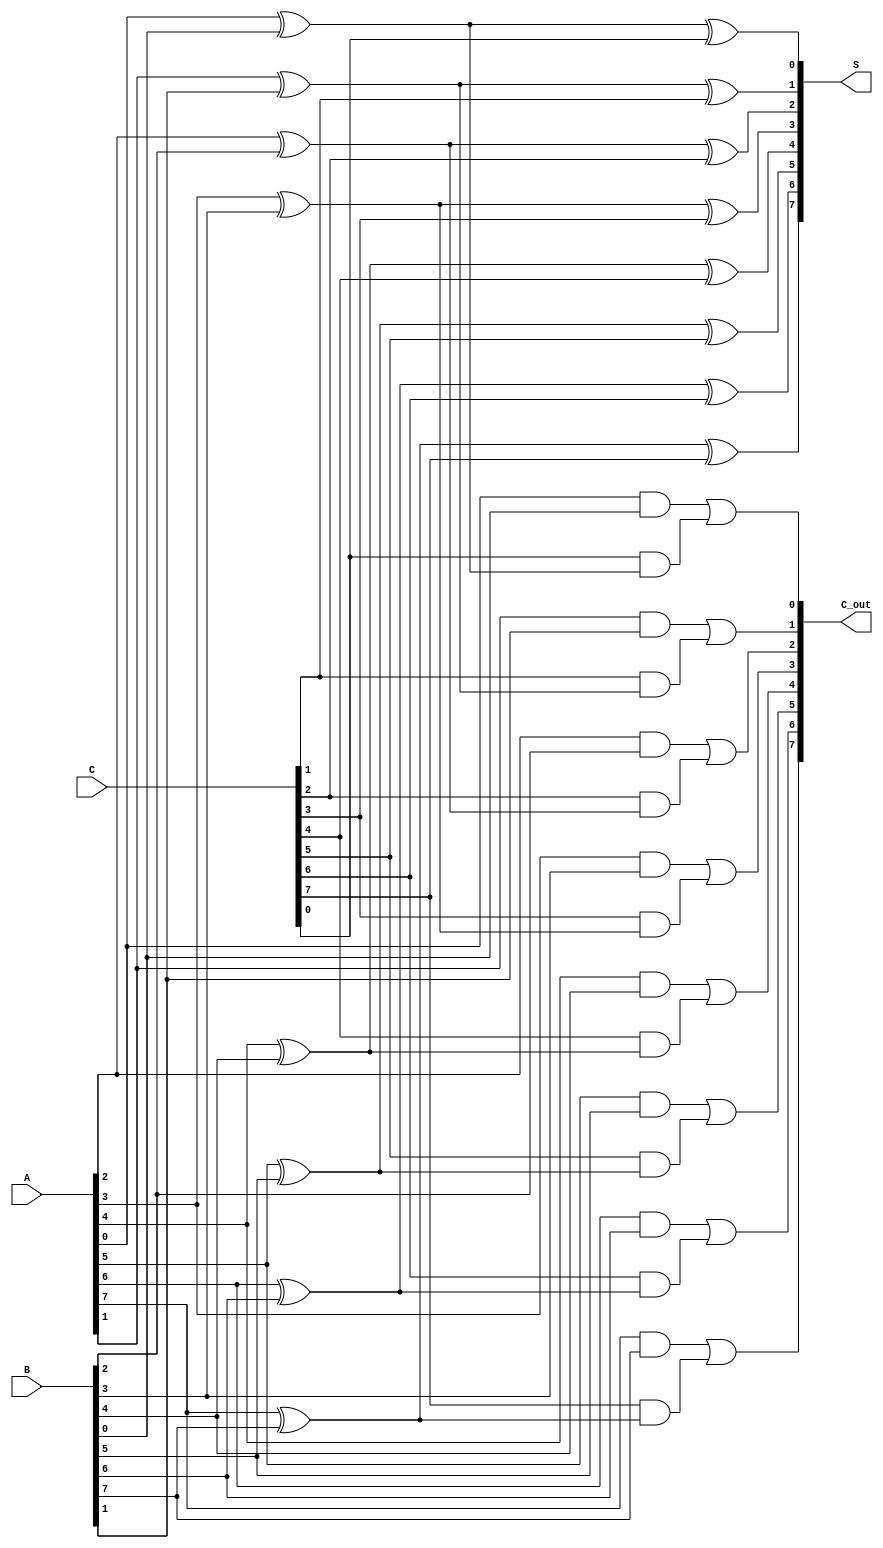
module ArrayCarrySaveAdder #(
    parameter W = 8 // Width of the operands
)(
    input [W-1:0] A, // First operand
    input [W-1:0] B, // Second operand
    input [W-1:0] C, // Third operand
    output [W-1:0] S, // Sum output
    output [W-1:0] C_out // Carry output
);

    // Internal wires for carry outputs of each full adder
    wire [W-1:0] carry;

    // Full adder logic for each bit
    genvar i;
    generate
        for (i = 0; i < W; i = i + 1) begin : full_adder
            // Full adder for bit i
            wire sum, carry_out;

            // Calculate sum and carry
            assign sum = A[i] ^ B[i] ^ C[i]; // Sum = A XOR B XOR C
            assign carry_out = (A[i] & B[i]) | (C[i] & (A[i] ^ B[i])); // Carry = (A AND B) OR (C AND (A XOR B))

            // Assign outputs
            assign S[i] = sum;
            assign C_out[i] = carry_out;
        end
    endgenerate

endmodule